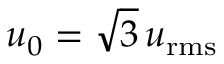
u _ { 0 } = \sqrt { { 3 } } \, u _ { \mathrm { r m s } }